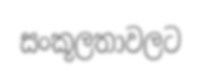
සංකූලතාවලට